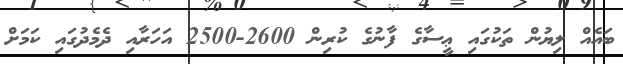
ބައެއް ލިޔުން ތަކުގައި ޢީސާގެ ފާނުގެ ކުރިން 2600-2500 އަހަރާއި ދެމެދުގައި ކަމަށް